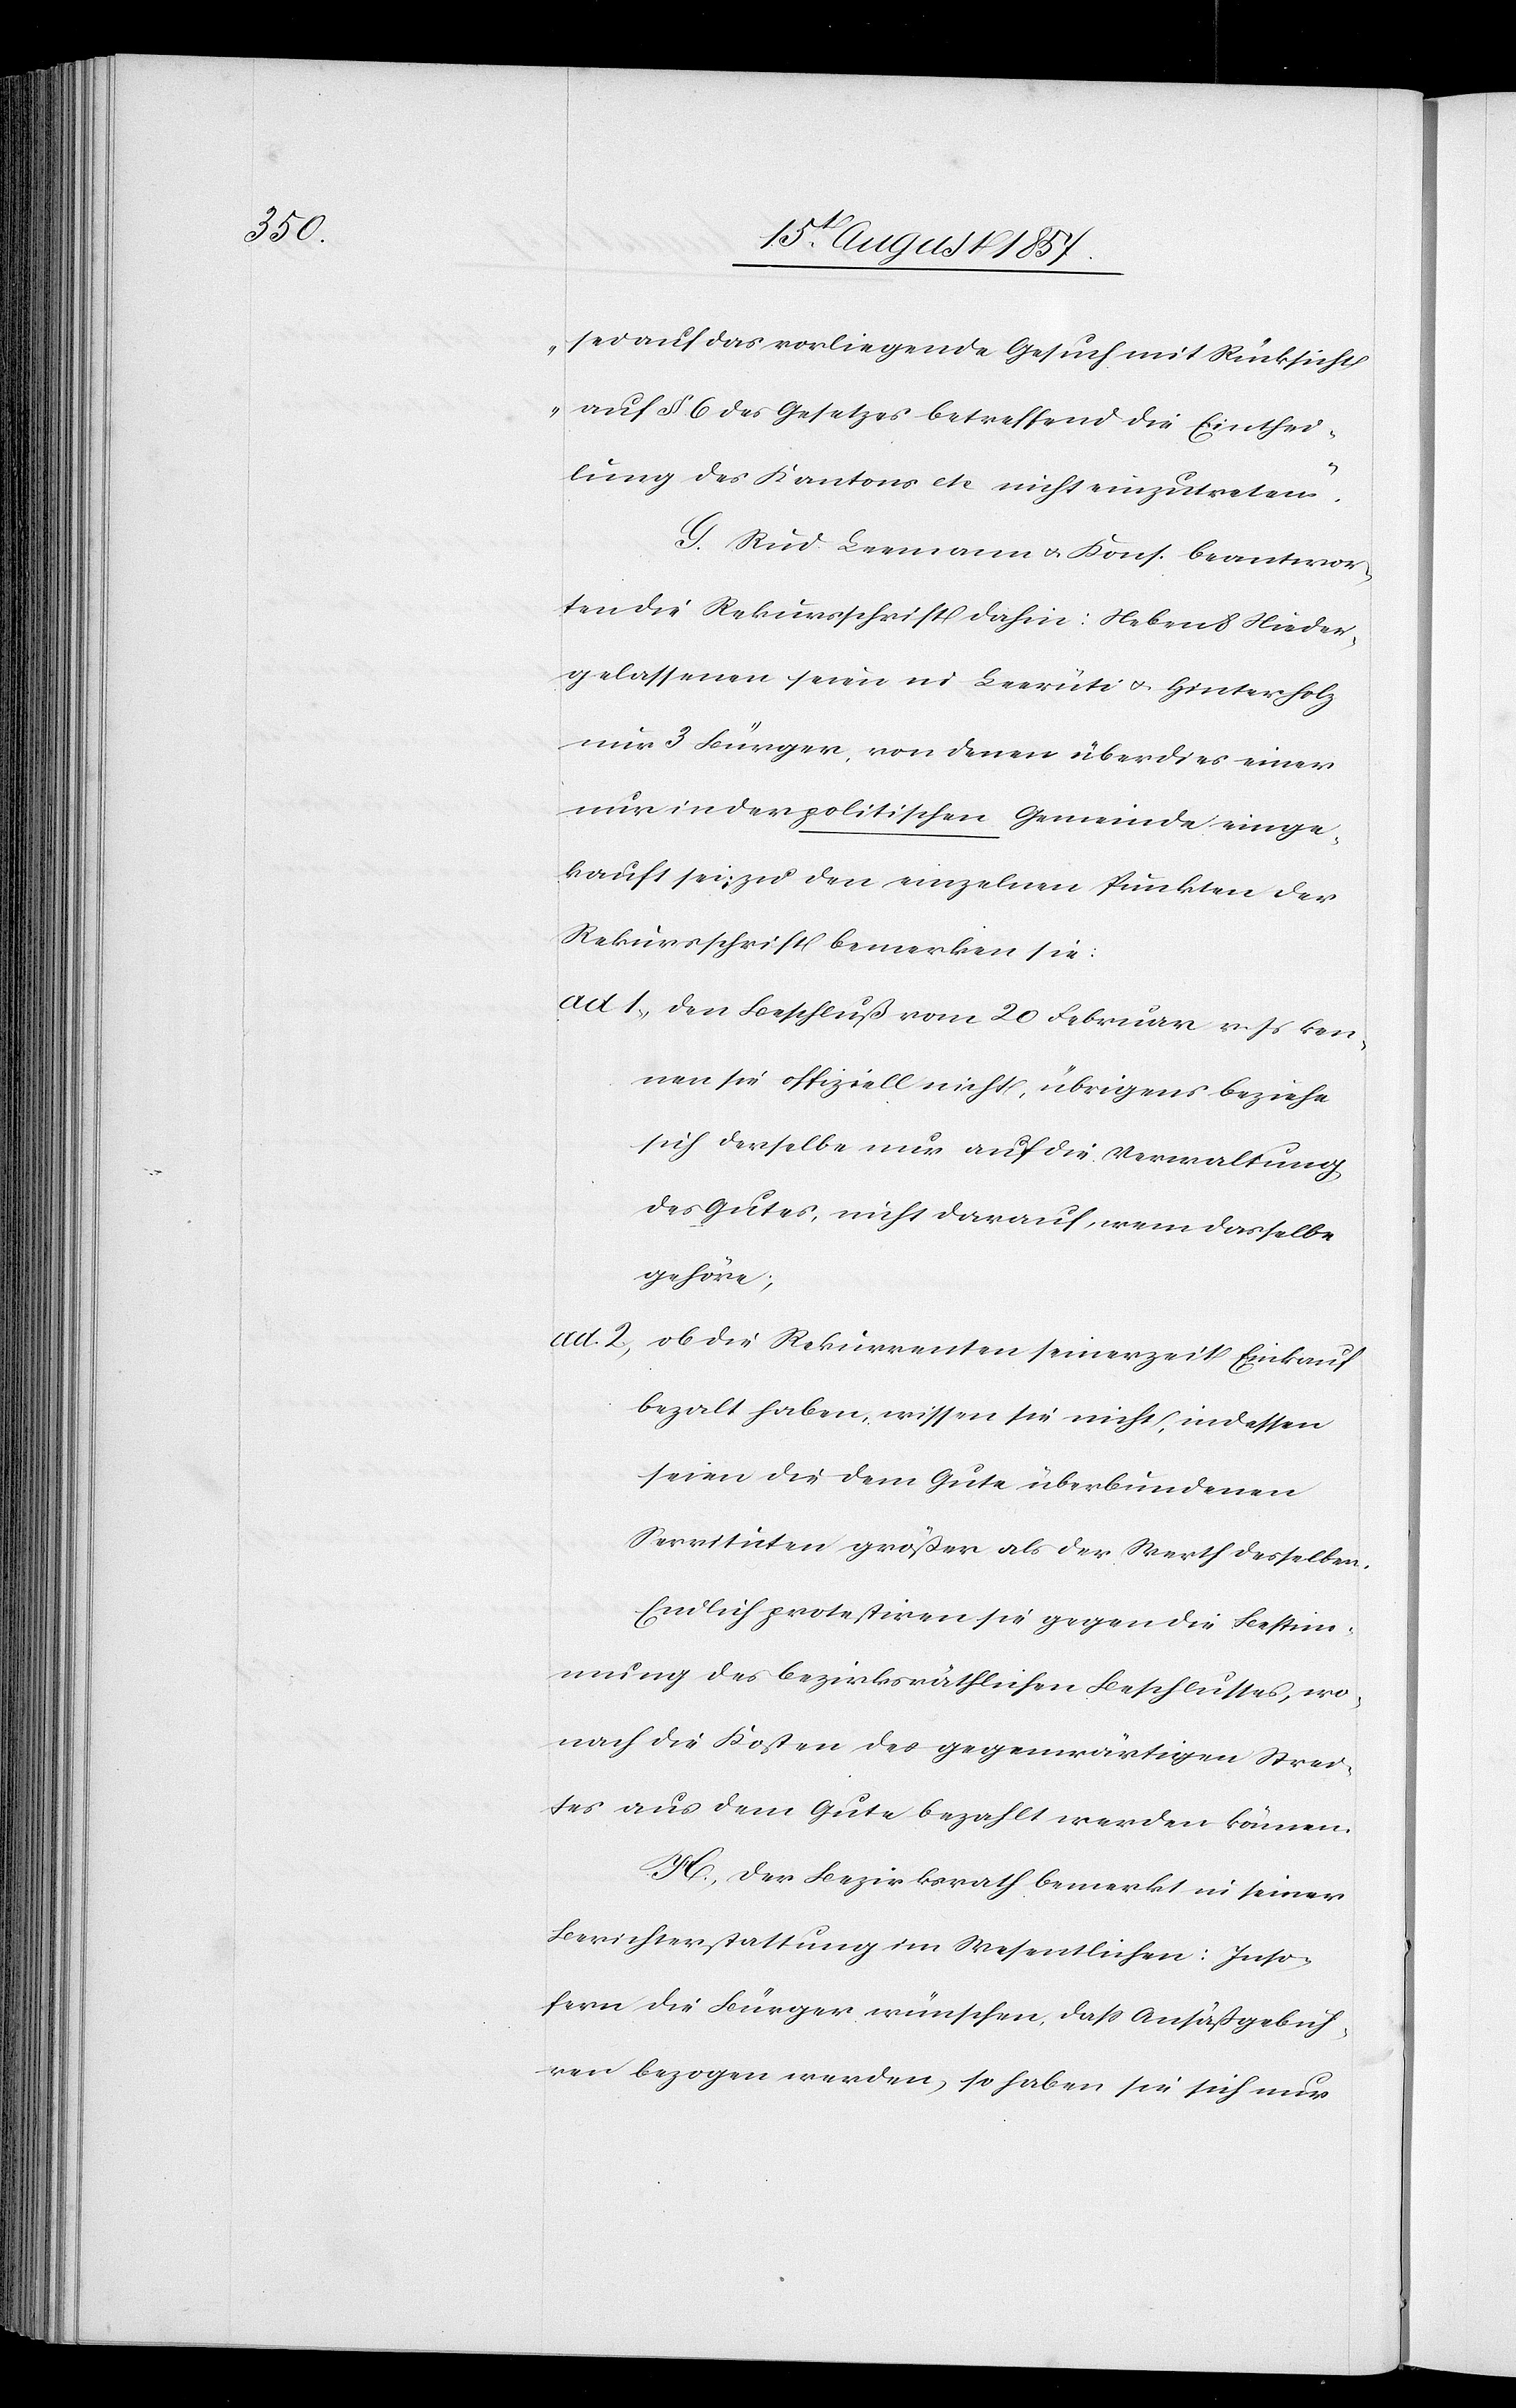
sei auf das vorliegende Gesuch mit Rücksicht
auf § 6 des Gesetzes betreffend die Einthei¬
lung des Kantons etc nicht einzutreten.“
G. Rud Leemann & Kons. beantr¬
agen die Rekursschrift dahin: Neben 8 Nieder¬
gelassenen seien in Leerüti & Hinterholz
nur 3 Bürger, von denen überdies einer
nur in der politischen Gemeinde einge¬
kauft sei, zu den einzelnen Punkten der
Rekursschrift bemerken sie:
ad 1) den Beschluß vom 20 Februar v. Js. ken¬
nen sie offiziell nicht, übrigens beziehe
sich derselbe nun auf die Verwaltung
des Gutes, nicht darauf, wem dasselbe
gehöre;
ad 2) ob die Rekurrenten seinerzeit Einkauf
bezalt haben, wissen sie nicht, indessen
seien die dem Gute überbundenen
Servituten größer als der Werth desselben.
Endlich protestiren sie gegen die Bestim¬
mung des bezirksräthlichen Beschlusses, wo¬
nach die Kosten des gegenwärtigen Strei¬
tes aus dem Gute bezahlt werden können.
H. Der Bezirksrath bemerkt in seiner
Berichterstattung im Wesentlichen: Inso¬
fern die Bürger wünschen, daß Ansäßgebüh¬
ren bezogen werden, so haben sie sich nur